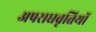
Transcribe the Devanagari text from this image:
अपराधवृत्तियों